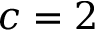
c = 2